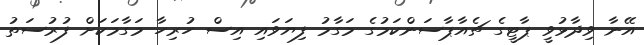
އޭނާ ވިދާޅުވީ ޕާޓީގެ ޗެއާޕާސަންކަމުގެ މަގާމު ފިޔަވައި އިސް ހުރިހާ މަގާމަކަށް ފުރުސަތު